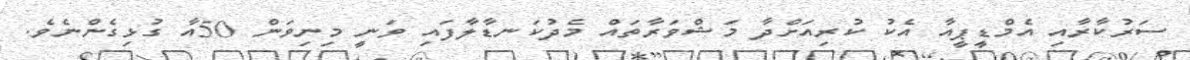
ސަރުކާރާއި އެމްޑީޕީއާ އެކު ކުރިއަށްދާ މަޝްވަރާތައް މެދުކަނޑާލާފައި ވަނީ މިނިވަން 50އާ ގުޅިގެންނެވެ.